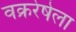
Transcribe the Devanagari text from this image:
वक्ररेषेला